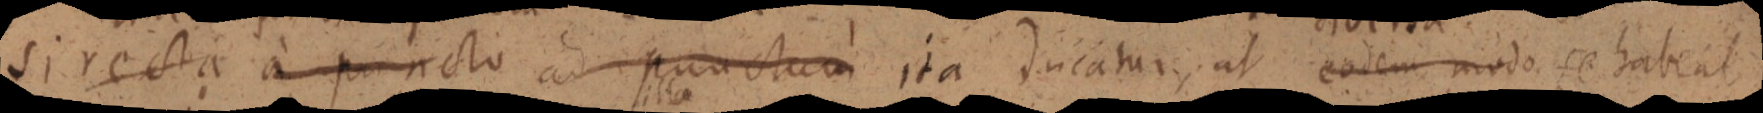
si recta a puncto ad punctam ita ducatur, ut eodem modo se habeat